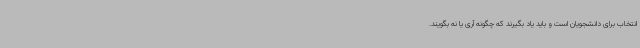
انتخاب برای دانشجویان است و باید یاد بگیرند که چگونه آری یا نه بگویند.